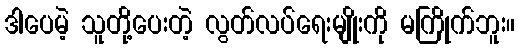
ဒါပေမဲ့ သူတို့ပေးတဲ့ လွတ်လပ်ရေးမျိုးကို မကြိုက်ဘူး။